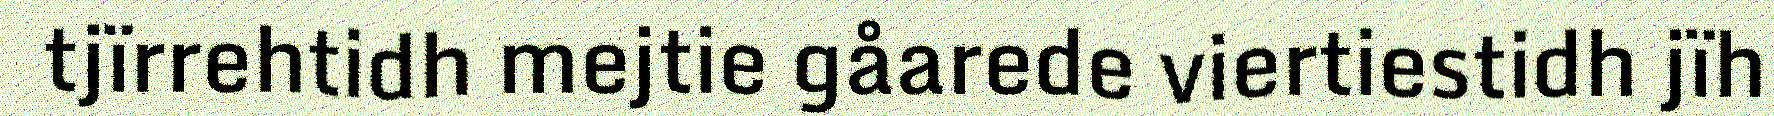
tjïrrehtidh mejtie gåarede viertiestidh jïh